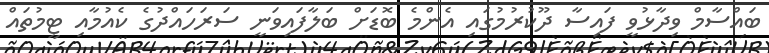
ބައްސާމް ވިދާޅުވީ ފައިސާ ދޫކުރުމުގައި އެންމެ ބޮޑަށް ބަލާފައިވަނީ ސަރަހައްދުގެ ކެއުމާއި ޓީމުތައް